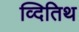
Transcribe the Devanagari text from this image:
व्दितिथ